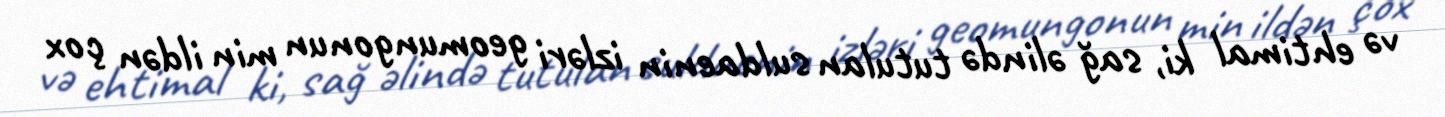
və ehtimal ki, sağ əlində tutulan suldaenin izləri geomungonun min ildən çox